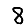
Digit: 8